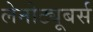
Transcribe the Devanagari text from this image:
लेनोट्यूबर्स